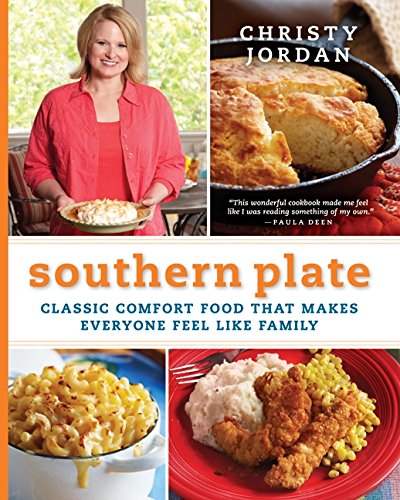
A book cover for Southern Plate: Classic Comfort Food That Makes Everyone Feel Like Family; Christy Jordan; Cookbooks, Food & Wine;